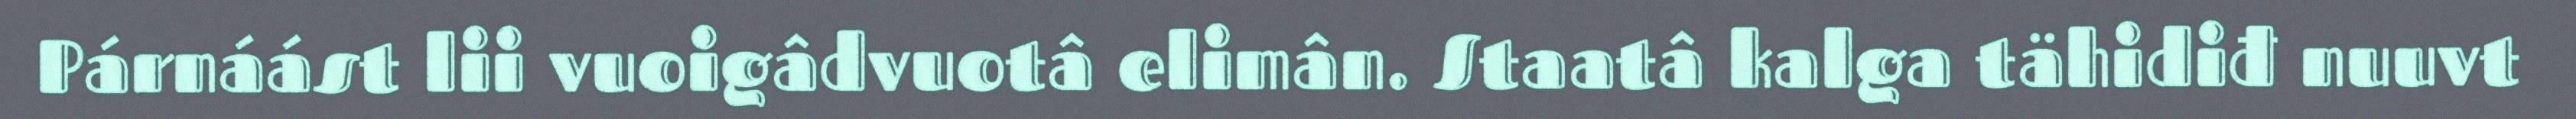
Párnáást lii vuoigâdvuotâ elimân. Staatâ kalga tähidiđ nuuvt